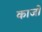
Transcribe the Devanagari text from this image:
काजो